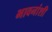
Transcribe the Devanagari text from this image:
भावनांशी